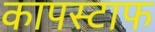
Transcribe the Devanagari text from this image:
कापस्टाफ